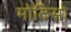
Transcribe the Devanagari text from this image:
मोठिसो